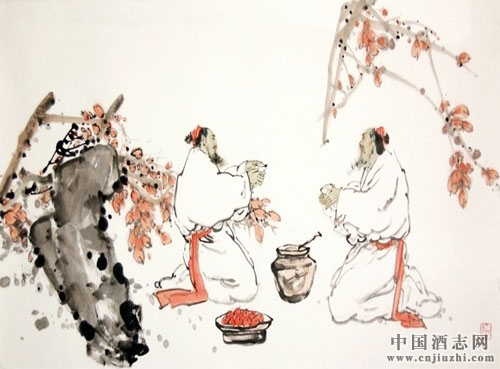
醉翁之意不在酒，在乎山水之间也。